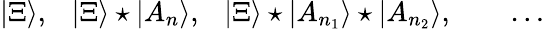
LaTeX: |\Xi\rangle,~~~|\Xi\rangle\star|A_{n}\rangle,~~~|\Xi\rangle\star|A_{n_{1}}\rangle\star|A_{n_{2}}\rangle,\qquad\dots